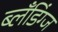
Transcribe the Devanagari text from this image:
ब्लँडिंग्ज